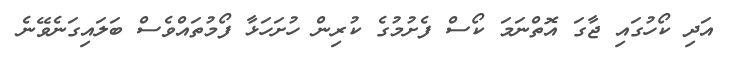
އަދި ކޯހުގައި ޖާގަ އޮތްނަމަ ކޯސް ފެށުމުގެ ކުރިން ހުށަހަޅާ ފޯމުތައްވެސް ބަލައިގަނެވޭނެ